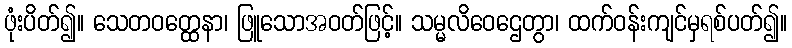
ဖုံးပိတ်၍။ သေတဝတ္ထေနာ၊ ဖြူသောအဝတ်ဖြင့်။ သမ္မလိဝေဌေတွာ၊ ထက်ဝန်းကျင်မှရစ်ပတ်၍။